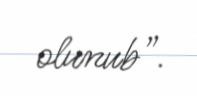
olunub”.